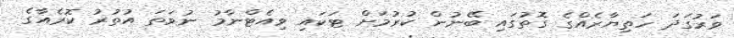
ވަރުގަދަ ހަތިޔާރެއްގެ ގޮތުގައި ބޭނުން ކުރުމަށް ޓަކައި ވިއެޓްނާމު ނުވަތަ އުތުރު ކޮރެއާގެ